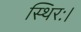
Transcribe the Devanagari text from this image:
स्थिरः।